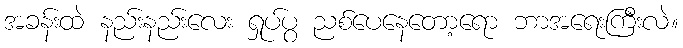
အခန်းထဲ နည်းနည်းလေး ရှုပ်ပွ ညစ်ပေနေတော့ရော ဘာအရေးကြီးလဲ။